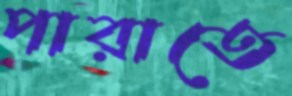
পারাতে